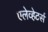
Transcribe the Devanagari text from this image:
एलेव्हेटर्स